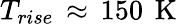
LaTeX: T_{rise}\, \approx\, 150\, \mathrm{~K~}